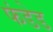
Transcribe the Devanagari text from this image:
फंडेड